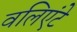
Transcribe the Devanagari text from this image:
वलिएंटे